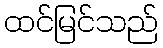
ထင်မြင်သည်